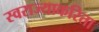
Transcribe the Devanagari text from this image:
स्वराज्याकरिता